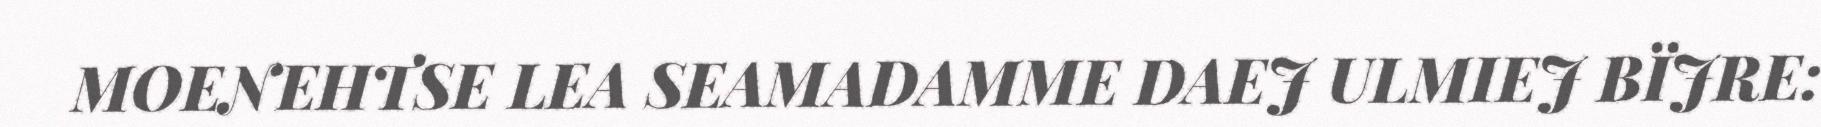
MOENEHTSE LEA SEAMADAMME DAEJ ULMIEJ BÏJRE: